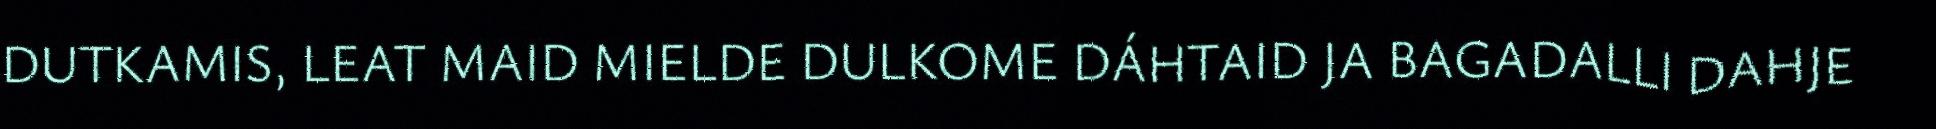
DUTKAMIS, LEAT MAID MIELDE DULKOME DÁHTAID JA BAGADALLI DAHJE